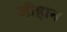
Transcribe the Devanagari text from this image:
जीहान